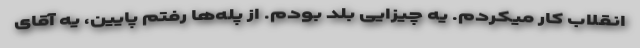
انقلاب کار میکردم. یه چیزایی بلد بودم. از پله‌ها رفتم پایین، یه آقای